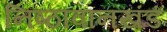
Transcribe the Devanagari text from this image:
निष्ठावानखंडं